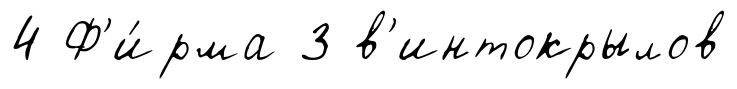
4 Ф'и́рма 3 в'интокрылов